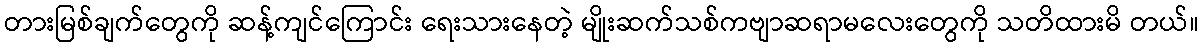
တားမြစ်ချက်တွေကို ဆန့်ကျင်ကြောင်း ရေးသားနေတဲ့ မျိုးဆက်သစ်ကဗျာဆရာမလေးတွေကို သတိထားမိ တယ်။